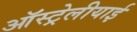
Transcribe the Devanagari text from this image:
ऑस्ट्रेलीयाई